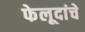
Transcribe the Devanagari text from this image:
फेलूदांचे